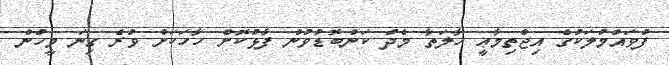
ފުވައްމުލަކުގެ އިޖްތިމާޢީ ހާލަތާ މެދު ކަންބޮޑުވުން ފާޅުކޮށް ހާހަކަށް ވުރެ ގިނަ މީހުން